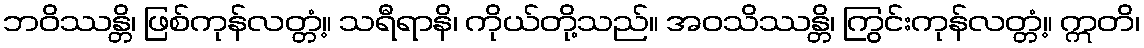
ဘဝိဿန္တိ၊ ဖြစ်ကုန်လတ္တံ့။ သရီရာနိ၊ ကိုယ်တို့သည်။ အဝသိဿန္တိ၊ ကြွင်းကုန်လတ္တံ့။ ဣတိ၊